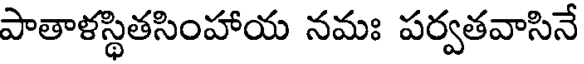
పాతాళస్థితసింహాయ నమః పర్వతవాసినే